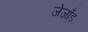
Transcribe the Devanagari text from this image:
जेजाँड